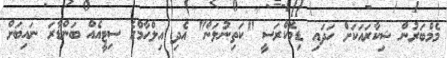
މެމްބަރުން ޝިކާރައަކަށް ހަދައި ޑިމޮކްރަސީ "ކަތިނުލަން" އެދި އިލްހާމްގެ ސިޓީއެއް ބަންޑާރަ ނައިބަށް